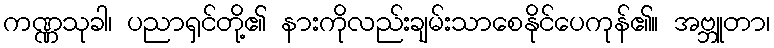
ကဏ္ဏသုခါ၊ ပညာရှင်တို့၏ နားကိုလည်းချမ်းသာစေနိုင်ပေကုန်၏။ အဗ္ဘူတာ၊